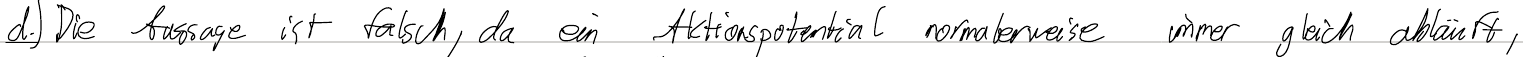
d.) Die Aussage ist falsch, da ein Aktionspotential normalerweise immer gleich abläuft,